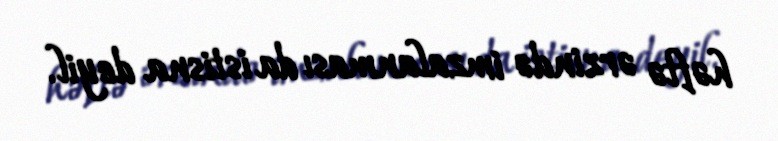
həftə ərzində imzalanması da istisna deyil.